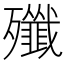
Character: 殲